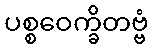
ပစ္စဝေက္ခိတဗ္ဗံ